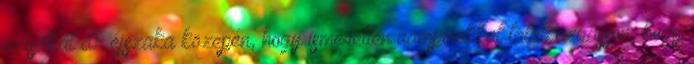
mászkál az éjszaka közepén, hogy ismeretlen vámpírokkal találkozgasson; hogy